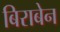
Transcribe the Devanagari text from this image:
बिराबेन